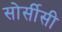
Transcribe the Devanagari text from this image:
सोर्सीसी